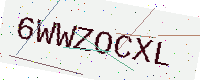
Text: 6WWZOCXL